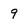
Character: 9